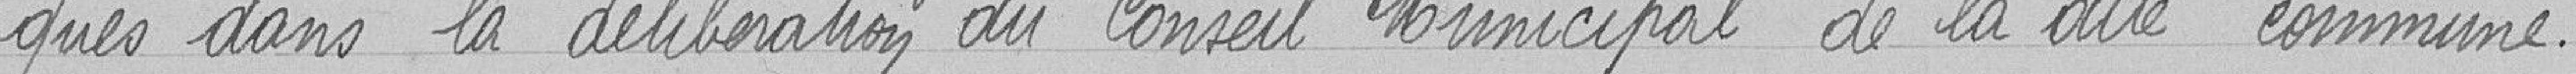
-qués dans la délibération du Conseil Municipal de la dite Commune.